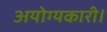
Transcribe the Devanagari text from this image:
अयोग्यकारी।